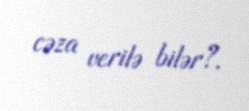
cəza verilə bilər?.